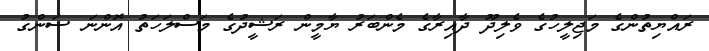
ރައްޔިތުންގެ މަޖިލީހުގެ ވެލިދޫ ދާއިރާގެ މެންބަރު ޔާމީން ރަޝީދުގެ މަސްލަހަތު އޮންނަ ސަންގު